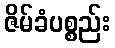
ဇိမ်ခံပစ္စည်း